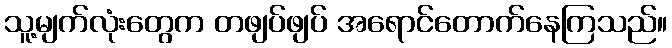
သူ့မျက်လုံးတွေက တဖျပ်ဖျပ် အရောင်တောက်နေကြသည်။